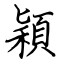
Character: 穎